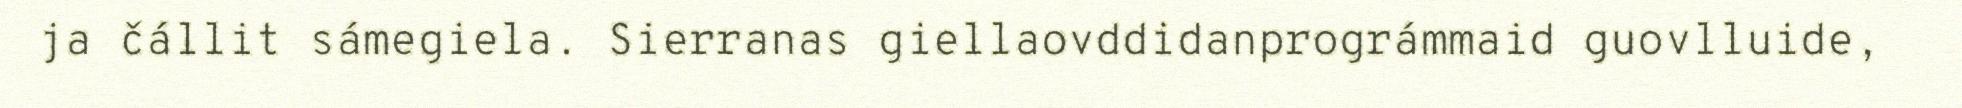
ja čállit sámegiela. Sierranas giellaovddidanprográmmaid guovlluide,